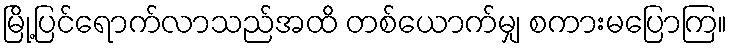
မြို့ပြင်ရောက်လာသည်အထိ တစ်ယောက်မျှ စကားမပြောကြ။